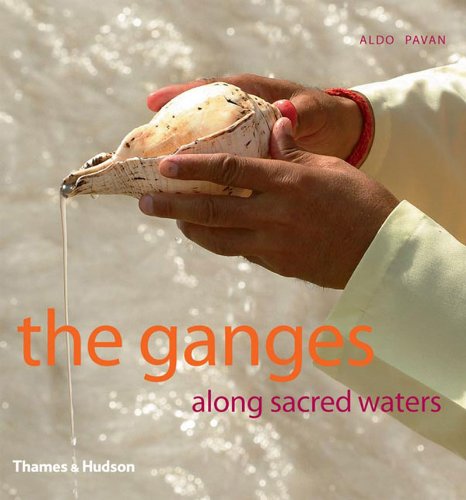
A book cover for The Ganges: Along Sacred Waters; Aldo Pavan; Travel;